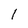
Character: 1